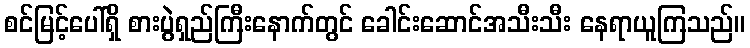
စင်မြင့်ပေါ်ရှိ စားပွဲရှည်ကြီးနောက်တွင် ခေါင်းဆောင်အသီးသီး နေရာယူကြသည်။